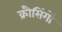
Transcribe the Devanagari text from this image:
क्रौसिंगों